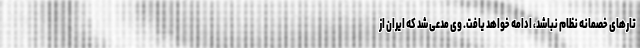
تارهای خصمانه نظام نباشد، ادامه خواهد یافت‌. وی مدعی شد که ایران از